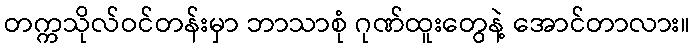
တက္ကသိုလ်ဝင်တန်းမှာ ဘာသာစုံ ဂုဏ်ထူးတွေနဲ့ အောင်တာလား။